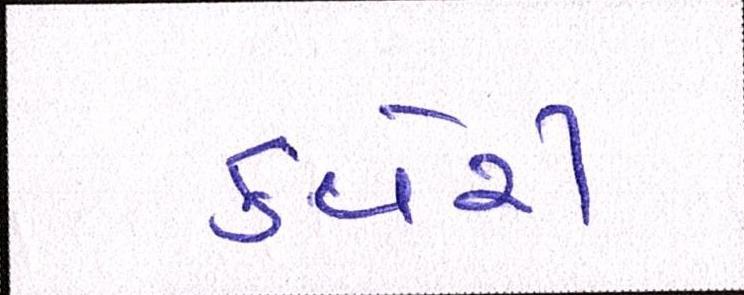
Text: કવેરી